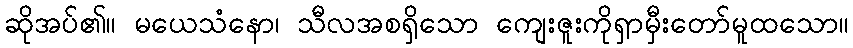
ဆိုအပ်၏။ မယေသံနော၊ သီလအစရှိသော ကျေးဇူးကိုရှာမှီးတော်မူထသော။